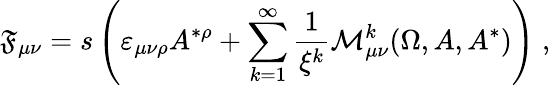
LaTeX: \mathfrak{F}_{\mu\nu}=s\left(\varepsilon_{\mu\nu\rho}A^{*\rho}+\sum_{k=1}^{\infty}\frac{1}{{\xi^{k}}}\mathcal{{M}}_{\mu\nu}^{k}(\Omega,A,A^{*})\right)\; ,